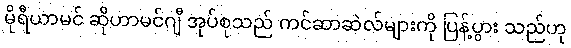
မိုရီယာမင် ဆိုဟာမင်ဂျီ အုပ်စုသည် ကင်ဆာဆဲလ်များကို ပြန့်ပွား သည်ဟု